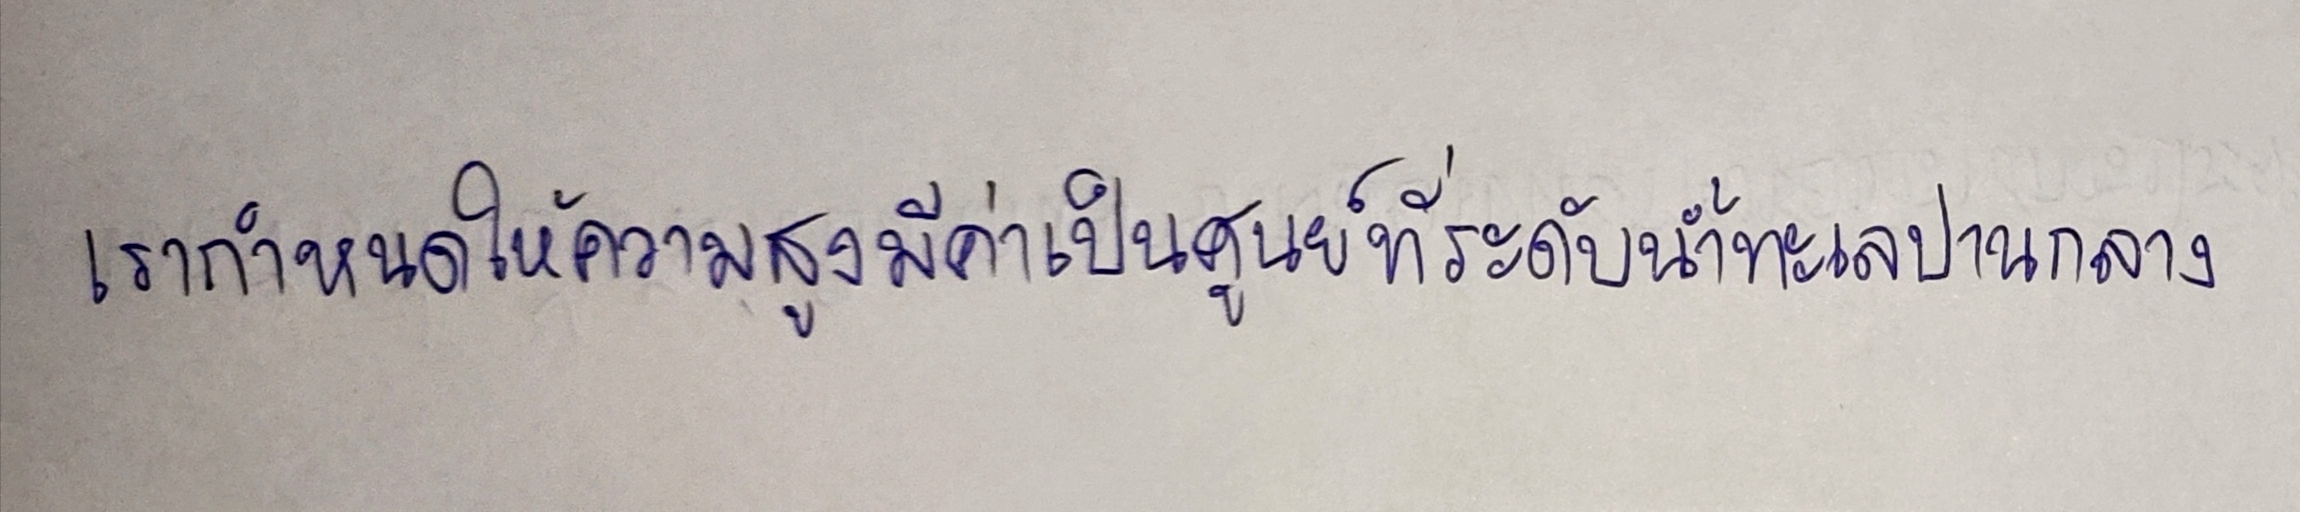
เรากำหนดให้ความสูงมีค่าเป็นศูนย์ที่ระดับน้ำทะเลปานกลาง